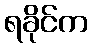
ရခိုင်က